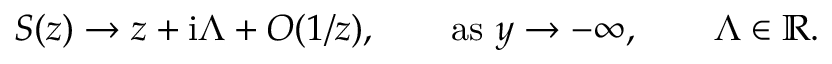
S ( z ) \rightarrow z + \mathrm { i } \Lambda + { \cal O } ( 1 / z ) , \qquad \mathrm { a s } ~ y \rightarrow - \infty , \qquad \Lambda \in \mathbb { R } .